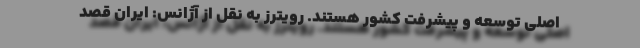
اصلی توسعه و پیشرفت کشور هستند. رویترز به نقل از آژانس: ایران قصد